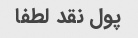
پول نقد لطفا